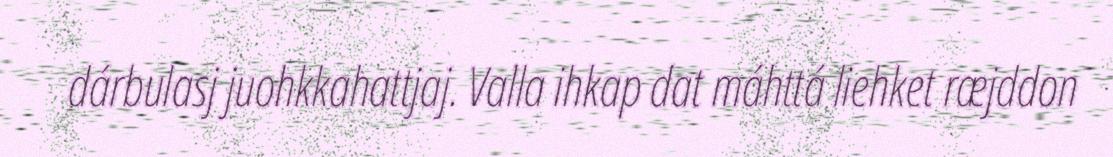
dárbulasj juohkkahattjaj. Valla ihkap dat máhttá liehket ræjddon